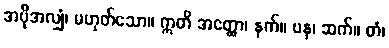
အပိုအလျှံ၊ မဟုတ်သော။ ဣတိ အတ္ထော၊ နက်။ ပန၊ ဆက်။ တံ၊